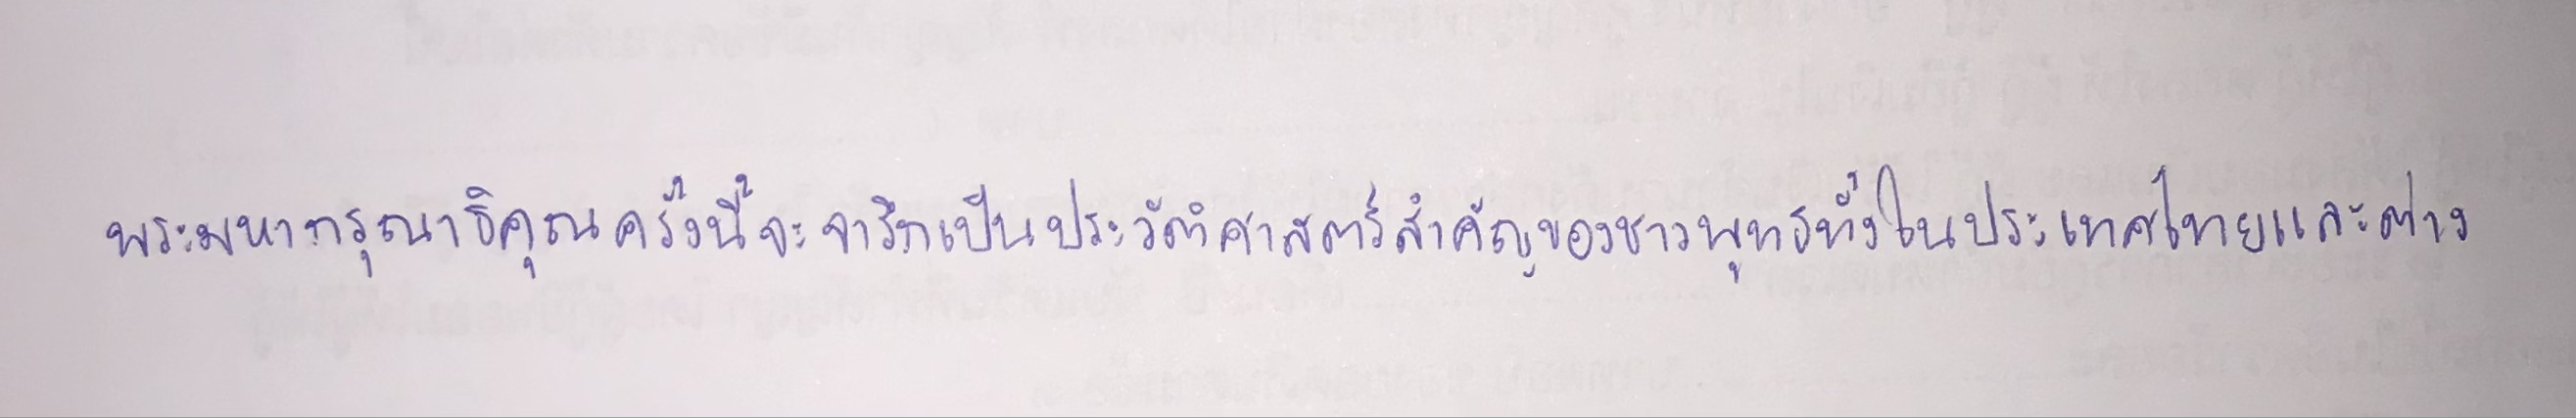
พระมหากรุณาธิคุณครั้งนี้จะจารึกเป็นประวัติศาสตร์สำคัญของชาวพุทธทั้งในประเทศไทยและต่าง